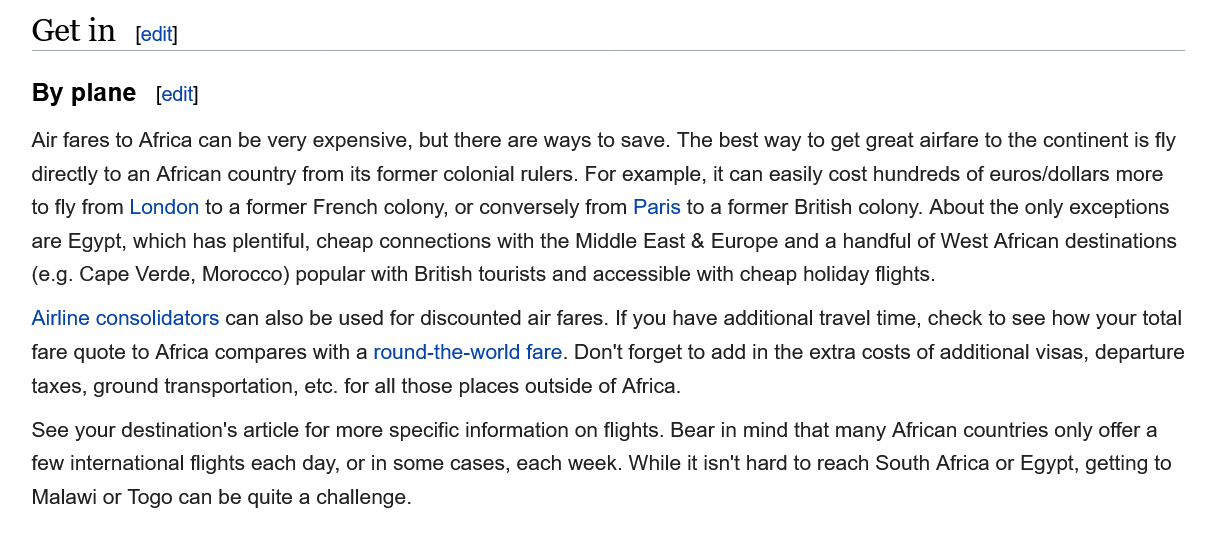
Get  in
    By plane
    Air fares to Africa can be very expensive, but there are ways to save. The best way to get great airfare to the continent is fly
    directly to an African country from its former colonial rulers. For example, it can easily cost hundreds of euros/dollars more
    to fly from London to a former French colony, or conversely from Paris to a former British colony. About the only exceptions
    are Egypt, which has plentiful, cheap connections with the Middle East & Europe and a handful of West African destinations
    (e.g. Cape Verde, Morocco) popular with British tourists and accessible with cheap holiday flights.
   Airline consolidators can also be used for discounted air fares. If you have additional travel time, check to see how your total
    fare quote to Africa compares with a round-the-world fare. Don't forget to add in the extra costs of additional visas, departure
    taxes, ground transportation, etc. for all those places outside of Africa.
    See your destination's article for more specific information on flights. Bear in mind that many African countries only offer a
    few international flights each day, or in some cases, each week. While it isn't hard to reach South Africa or Egypt, getting to
    Malawi or Togo can be quite a challenge.
     [ecit}
     [edit]